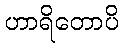
ဟာရိတောပိ